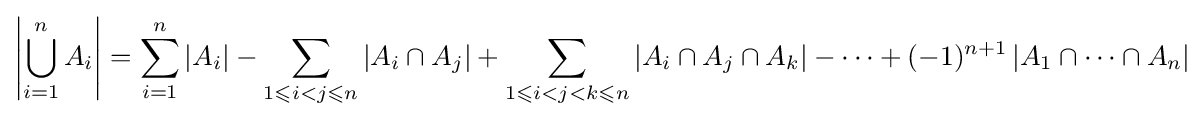
\left|\bigcup _{i=1}^{n}A_{i}\right|=\sum _{i=1}^{n}|A_{i}|-\sum _{1\leqslant i<j\leqslant n}|A_{i}\cap A_{j}|+\sum _{1\leqslant i<j<k\leqslant n}|A_{i}\cap A_{j}\cap A_{k}|-\cdots +(-1)^{n+1}\left|A_{1}\cap \cdots \cap A_{n}\right|